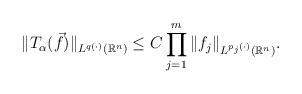
LaTeX: \begin{align*} \|T_{\alpha}(\vec{f})\|_{L^{q(\cdot)}(\mathbb{R}^{n} )} &\le C \prod_{j=1}^{m}\|f_{j}\|_{L^{p_{j}(\cdot)}(\mathbb{R}^{n})}.\end{align*}